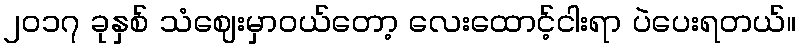
၂၀၁၇ ခုနှစ် သံဈေးမှာဝယ်တော့ လေးထောင့်ငါးရာ ပဲပေးရတယ်။